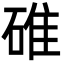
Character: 碓